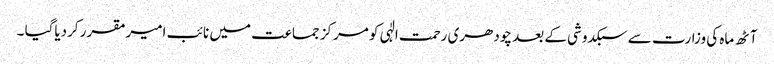
آٹھ ماہ کی وزارت سے سبکدوشی کے بعد چودھری رحمت الٰہی کو مرکز جماعت میں نائب امیرمقرر کردیاگیا ۔